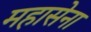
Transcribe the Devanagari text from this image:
महासेना